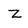
Character: Z